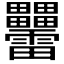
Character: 𤴑